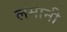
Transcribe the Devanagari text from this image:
लमानी